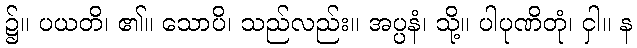
၌။ ပယတိ၊ ၏။ သောပိ၊ သည်လည်း။ အပ္ပနံ၊ သို့။ ပါပုဏိတုံ၊ ငှါ။ န